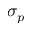
\sigma _ { p }